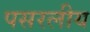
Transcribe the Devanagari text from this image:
पसरलीय